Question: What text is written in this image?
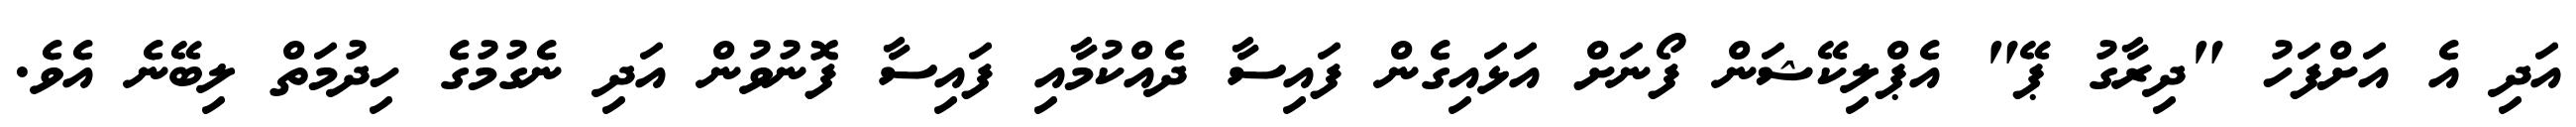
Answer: އަދި އެ އަށްފަހު "ދިރާގު ޕޭ" އެޕްލިކޭޝަން ފޯނަށް އަޅައިގެން ފައިސާ ދެއްކުމާއި ފައިސާ ފޮނުވުން އަދި ނެގުމުގެ ހިދުމަތް ލިބޭނެ އެވެ.